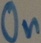
Text: On